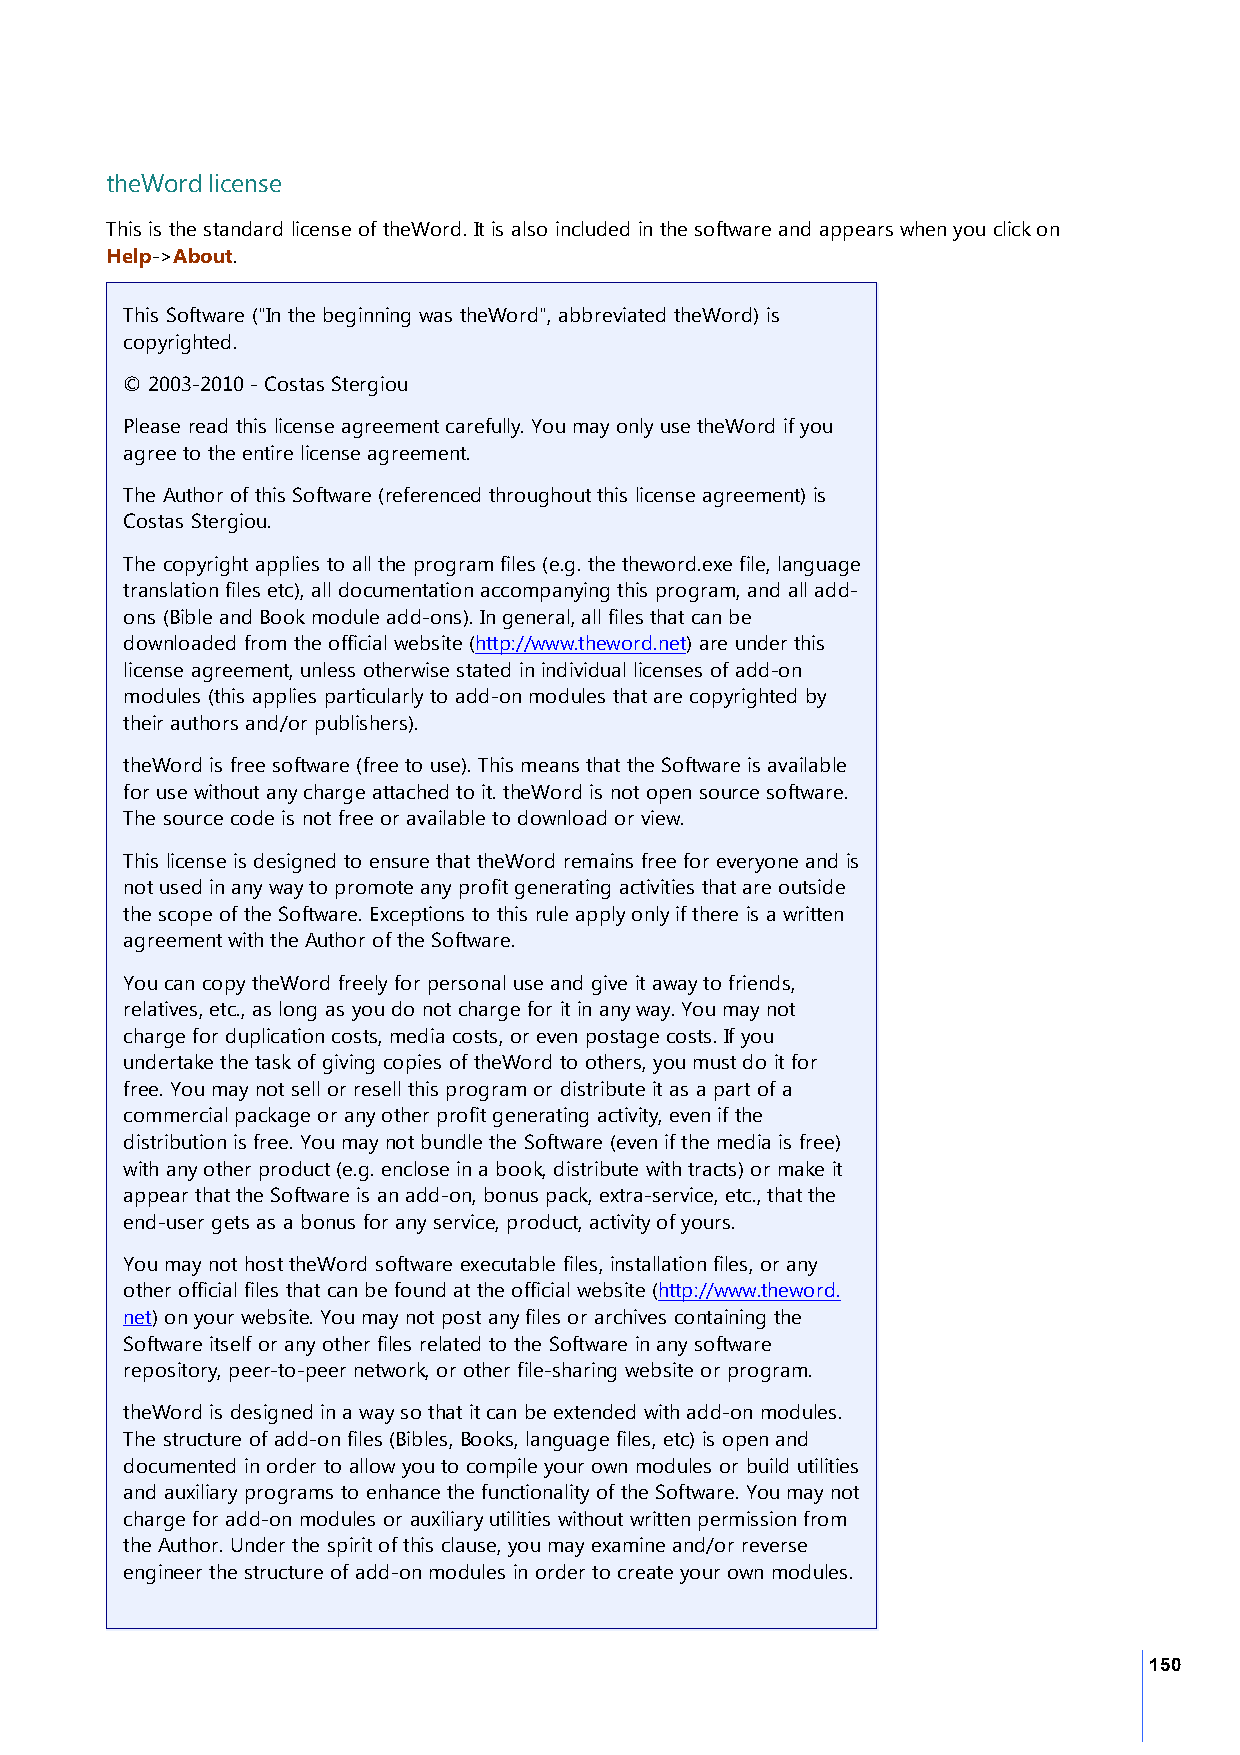
theWord license
 This is the standard license of theWord. It is also included in the software and appears when you click on
 Help->About.
 This Software ("In the beginning was theWord", abbreviated theWord) is
 copyrighted.
 © 2003-2010 - Costas Stergiou
 Please read this license agreement carefully. You may only use theWord if you
 agree to the entire license agreement.
 The Author of this Software (referenced throughout this license agreement) is
 Costas Stergiou.
 The copyright applies to all the program files (e.g. the theword.exe file, language
 translation files etc), all documentation accompanying this program, and all add-
 ons (Bible and Book module add-ons). In general, all files that can be
 downloaded from the official website (http://www.theword.net) are under this
 license agreement, unless otherwise stated in individual licenses of add-on
 modules (this applies particularly to add-on modules that are copyrighted by
 their authors and/or publishers).
 theWord is free software (free to use). This means that the Software is available
 for use without any charge attached to it. theWord is not open source software.
 The source code is not free or available to download or view.
 This license is designed to ensure that theWord remains free for everyone and is
 not used in any way to promote any profit generating activities that are outside
 the scope of the Software. Exceptions to this rule apply only if there is a written
 agreement with the Author of the Software.
 You can copy theWord freely for personal use and give it away to friends,
 relatives, etc., as long as you do not charge for it in any way. You may not
 charge for duplication costs, media costs, or even postage costs. If you
 undertake the task of giving copies of theWord to others, you must do it for
 free. You may not sell or resell this program or distribute it as a part of a
 commercial package or any other profit generating activity, even if the
 distribution is free. You may not bundle the Software (even if the media is free)
 with any other product (e.g. enclose in a book, distribute with tracts) or make it
 appear that the Software is an add-on, bonus pack, extra-service, etc., that the
 end-user gets as a bonus for any service, product, activity of yours.
 You may not host theWord software executable files, installation files, or any
 other official files that can be found at the official website (http://www.theword.
 net) on your website. You may not post any files or archives containing the
 Software itself or any other files related to the Software in any software
 repository, peer-to-peer network, or other file-sharing website or program.
 theWord is designed in a way so that it can be extended with add-on modules.
 The structure of add-on files (Bibles, Books, language files, etc) is open and
 documented in order to allow you to compile your own modules or build utilities
 and auxiliary programs to enhance the functionality of the Software. You may not
 charge for add-on modules or auxiliary utilities without written permission from
 the Author. Under the spirit of this clause, you may examine and/or reverse
 engineer the structure of add-on modules in order to create your own modules.
 150